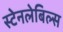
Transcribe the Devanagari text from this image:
स्टेनलेबिल्स